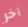
آخر